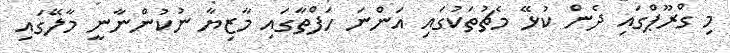
މި ގްރޫޕްގައި ދެން ކުޅޭ މެޗުތަކުގައި އަންނަ ހަފްތާގައި މާޒިޔާ ނުކުންނާނީ މާލޭގައި